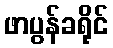
ဖာပွန်ခရိုင်